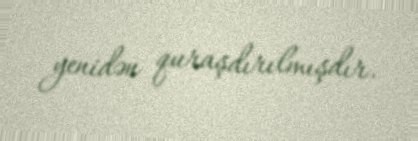
yenidən quraşdırılmışdır.